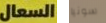
السعال سونيا